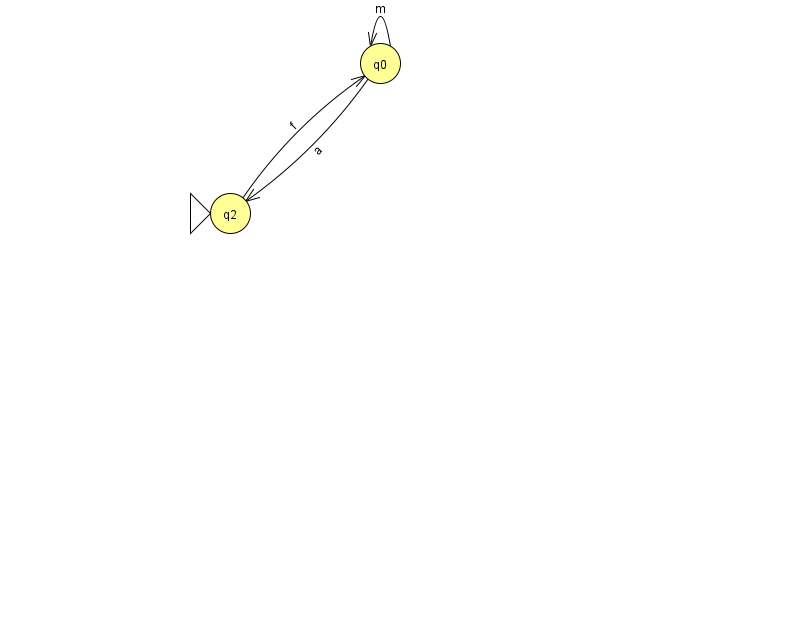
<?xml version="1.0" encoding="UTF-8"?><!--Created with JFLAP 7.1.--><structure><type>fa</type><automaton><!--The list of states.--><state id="0" name="q0"><x>380.0</x><y>50.0</y></state><state id="2" name="q2"><x>230.0</x><y>200.0</y><initial/></state><!--The list of transitions.--><transition><from>0</from><to>2</to><read>a</read></transition><transition><from>2</from><to>0</to><read>f</read></transition><transition><from>0</from><to>0</to><read>m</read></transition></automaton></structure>